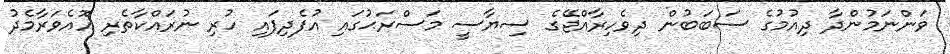
ވަންނަމުންދާ ދިއުމުގެ ސަބަބުން ދިވެހިރާއްޖޭގެ ސިޔާސީ މަސްރަޙުގައި އުފެދިފައި ހުރި ނުރައްކާތެރި އޮއެވަރާމެދު